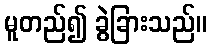
မူတည်၍ ခွဲခြားသည်။